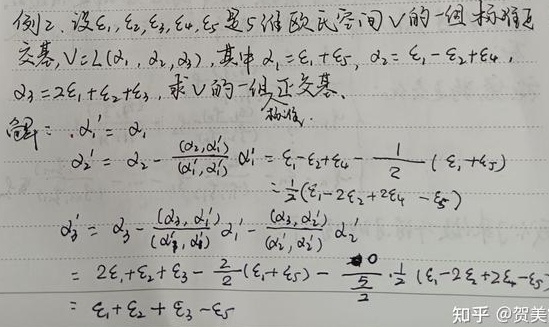
例2. 设$\varepsilon_1,\varepsilon_2,\varepsilon_3,\varepsilon_4,\varepsilon_5$是5维欧氏空间$V$的一组标准正交基，$V = L(\alpha_1,\alpha_2,\alpha_3)$，其中$\alpha_1=\varepsilon_1+\varepsilon_5$，$\alpha_2=\varepsilon_1 - \varepsilon_2+\varepsilon_4$，$\alpha_3 = 2\varepsilon_1+\varepsilon_2+\varepsilon_3$，求$V$的一组正交基。

解：
$\alpha_1'=\alpha_1$

$\alpha_2'=\alpha_2-\frac{(\alpha_2,\alpha_1')}{(\alpha_1',\alpha_1')}\alpha_1'=\varepsilon_1 - \varepsilon_2+\varepsilon_4-\frac{1}{2}(\varepsilon_1+\varepsilon_5)=\frac{1}{2}(\varepsilon_1 - 2\varepsilon_2+2\varepsilon_4-\varepsilon_5)$

$\alpha_3'=\alpha_3-\frac{(\alpha_3,\alpha_1')}{(\alpha_1',\alpha_1')}\alpha_1'-\frac{(\alpha_3,\alpha_2')}{(\alpha_2',\alpha_2')}\alpha_2'$
$=2\varepsilon_1+\varepsilon_2+\varepsilon_3-\frac{2}{2}(\varepsilon_1+\varepsilon_5)-\frac{0}{\frac{5}{2}}\cdot\frac{1}{2}(\varepsilon_1 - 2\varepsilon_2+2\varepsilon_4-\varepsilon_5)=\varepsilon_1+\varepsilon_2+\varepsilon_3-\varepsilon_5$